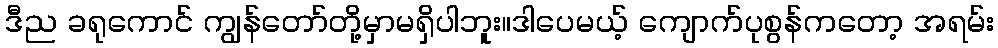
ဒီည ခရုကောင် ကျွန်တော်တို့မှာမရှိပါဘူး။ဒါပေမယ့် ကျောက်ပုစွန်ကတော့ အရမ်း